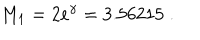
M _ { 1 } = 2 e ^ { \gamma } = 3 . 5 6 2 1 5 \; .